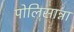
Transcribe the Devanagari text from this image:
पोलिसान्ना